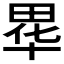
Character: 𮵁